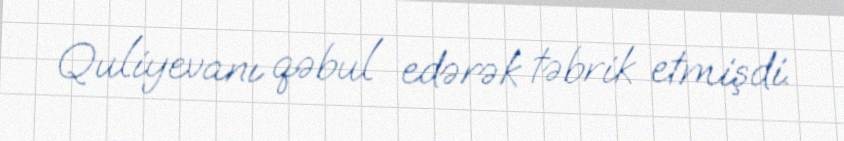
Quliyevanı qəbul edərək təbrik etmişdi.